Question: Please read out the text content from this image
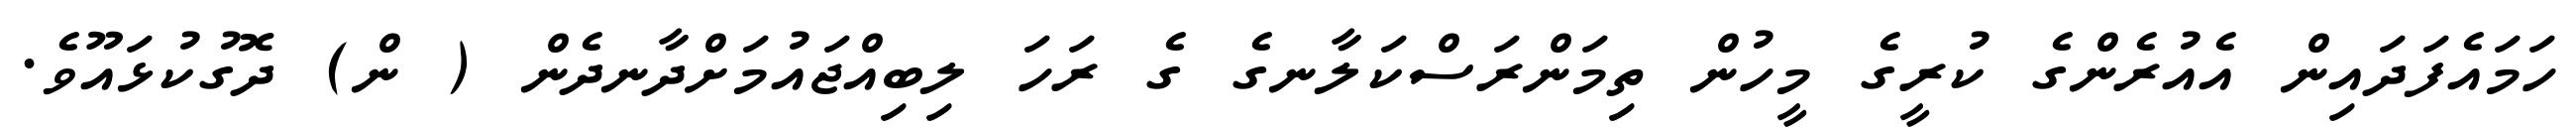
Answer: ހަމައެފަދައިން އެއުރެންގެ ކުރީގެ މީހުން ތިމަންރަސްކަލާނގެ ގެ ރަހަ ލިބިއްޖައުމަށްދާނދެން ( ން) ދޮގުކުޅައޫވެ.